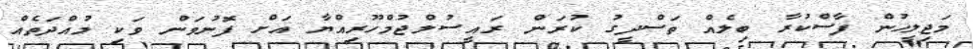
މަޖިލީހުން ފާސްކުރާ ބިލެއް ތަސްދީގު ކުރަން ރައީސުލްޖުމްހޫރިއްޔާ އަށް ފޮނުވަން ވަކި މުއްދަތެއް